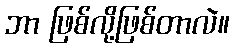
ဘာ ဖြစ်လို့ဖြစ်တာလဲ။